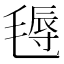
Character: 𣯋